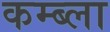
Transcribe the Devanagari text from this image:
कम्ब्ला